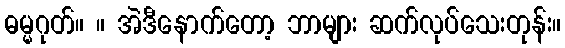
ဓမ္မဂုတ်။ ။ အဲဒီနောက်တော့ ဘာများ ဆက်လုပ်သေးတုန်း။